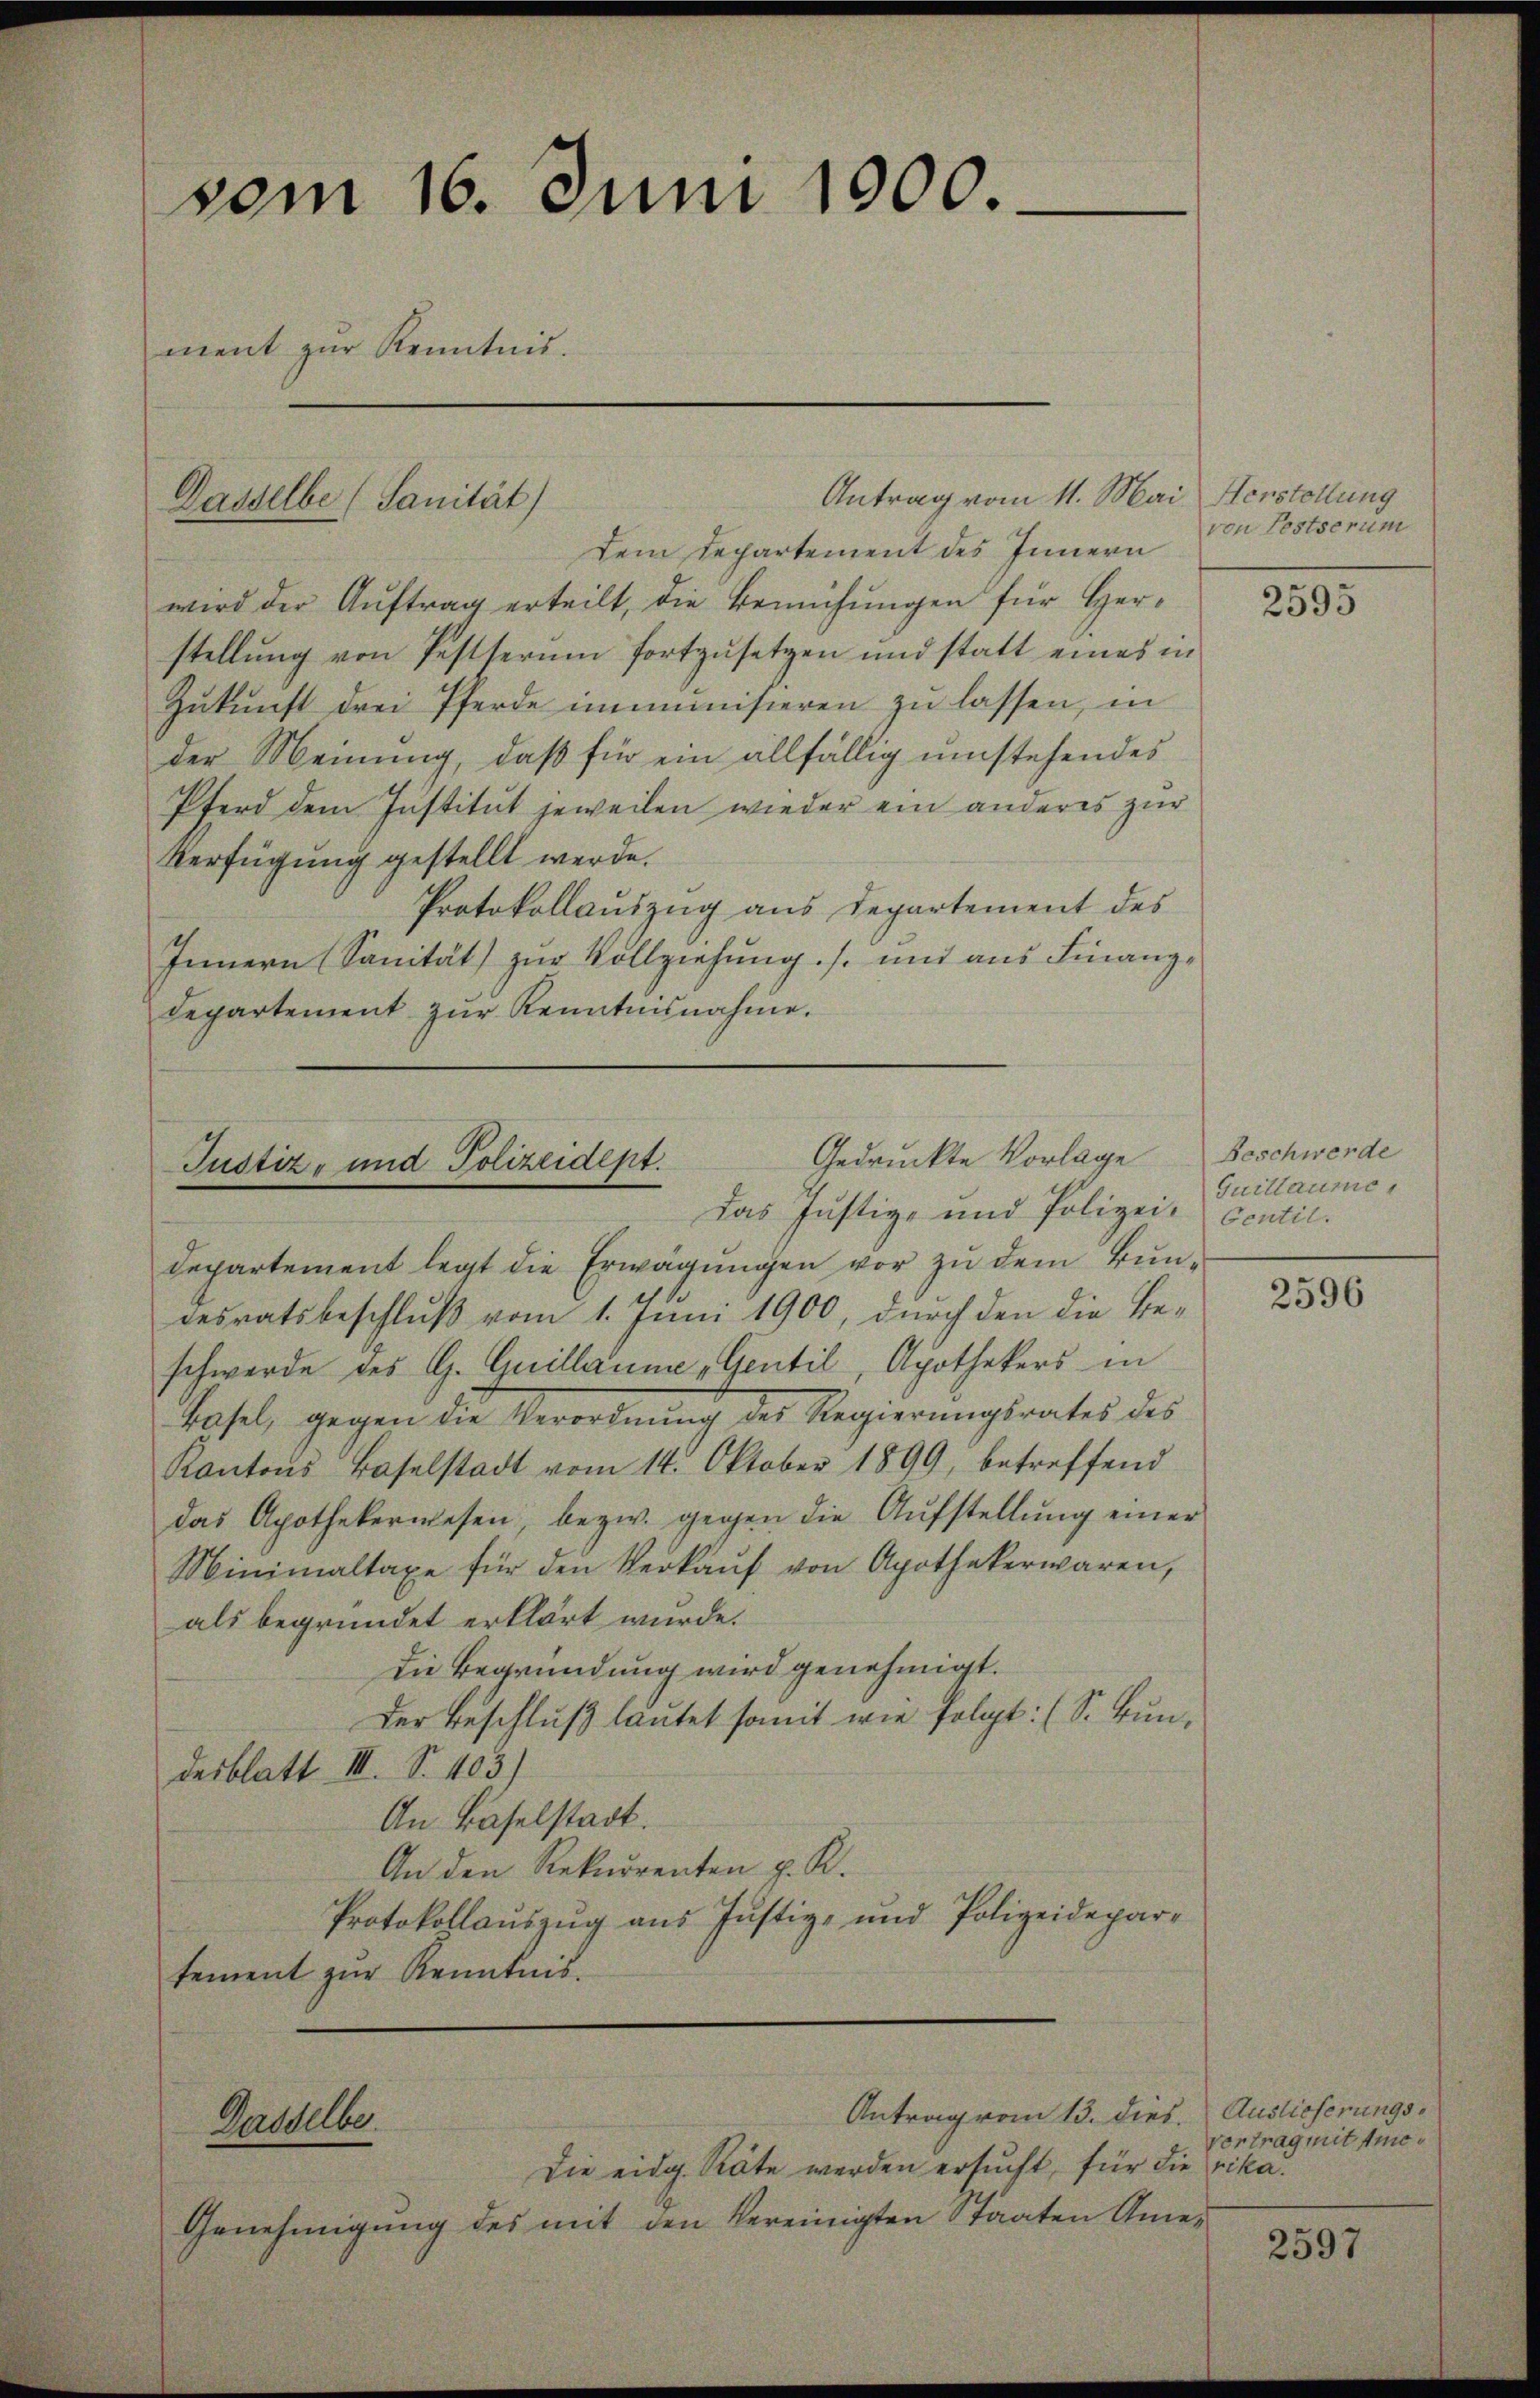
vom 16. Juni 1900.
ment zŭr Kenntnis.

Dasselbe (Sanität)

Gedruckte Vorlage
Justiz- und Polizeidept.
Das Justiz- und Polizei- Centil.

Gasselbe

Antrag vom 11. Mai, Herstellung
Dem Departement des Innern
wird der Aŭftrag erteilt, die Bemühŭngen für Her-
stellung von Pestterum fortzusetzen und statt eines in
Zukunft drei Pferde immunisieren zu lassen, in
der Meinung, daß für ein allfällig umstehendes
Pferd dem Institut jeweilen wieder ein anderes zur
Verfügung gestellt werde.
Protokollauszug aus Departement des
Innern (Sanität) zur Vollziehung. /. mit aus Finanzdepartement zur Kenntnisnahme.

Antrag vom 13. dies. Auslieferungs¬

Die eidg. Räte werden ersucht, für die Lika¬
Genehmigung des mit den Vereinigten Staaten Ame¬

Departement legt die Erwägungen vor zu dem Bundesratsbeschluß vom 1. Juni 1900, durch den die Beschwerde des G. Quillaume „Gentil, Apothekers in
Basel, gegen die Verordnung des Regierungsrates des
Kantons Baselstadt vom 14. Oktober 1899, betreffend
das Apothekerwesen, bezw. gegen die Aŭfstellung einer
Minimaltaxe für den Verkaŭf von Apothekerwaren,
als begründet erklärt wurde.
Die Begründung wird genehmigt.
Der Beschluß lautet somit wie folgt: (S. Bundesblatt III. S. 403)
An Baselstadt.
An den Rekurrenten z. K.
Protokollauszug aus Justiz- und Polizeidepartement zur Kenntnis.

von Festserum

2595

Beschwerde
Guillaume,

2596

vertrag mit sic

2597